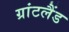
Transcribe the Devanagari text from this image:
ग्रांटलैंड